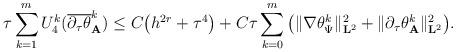
LaTeX: \begin{align*}\tau\sum_{k=1}^{m} U_4^{k}(\overline{\partial_{\tau} \theta}_{\mathbf{A}}^{k}) \leq C\big(h^{2r} + \tau^{4}\big) + C\tau \sum_{k=0}^{m}\big(\Vert\nabla \theta_{\Psi}^{k} \Vert_{\mathbf{L}^{2}}^{2} + \Vert \partial_{\tau} \theta_{\mathbf{A}}^{k} \Vert _{\mathbf{L}^{2}}^{2}\big).\end{align*}